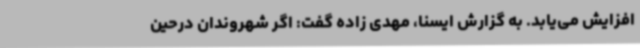
افزایش می‌یابد. به گزارش ایسنا، مهدی زاده گفت: اگر شهروندان درحین